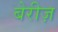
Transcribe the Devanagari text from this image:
बेरीज़